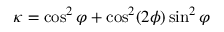
\kappa = \cos ^ { 2 } \varphi + \cos ^ { 2 } ( 2 \phi ) \sin ^ { 2 } \varphi